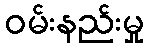
ဝမ်းနည်းမှု